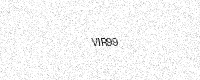
Text: VIR99